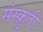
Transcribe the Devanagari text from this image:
संस्क्रुती